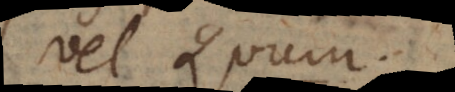
vel Quum.